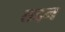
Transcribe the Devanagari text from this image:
तद्दन